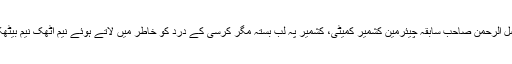
عظیم المتربت قبلہ فضل الرحمٰن صاحب سابقہ چیئرمین کشمیر کمیٹی، کشمیر پہ لب بستہ مگر کرسی کے درد کو خاطر میں لاتے ہوئے نیم اٹھک نیم بیٹھک رقص کررہے ہیں۔